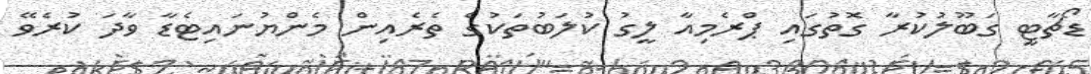
ޑޯޗާޓީ ގަބޫލުކުރާ ގޮތުގައި ޕްރެމިއާ ލީގު ކުލަބުތަކުގެ ތެރެއިން މެންޔުނައިޓެޑާ ވާދަ ކުރެވޭ